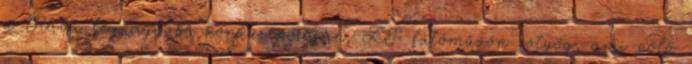
a Rába legnagyobb konkurenciáján, ZF futóművön zötyög, ami pölö